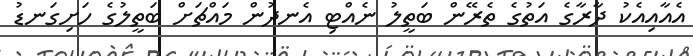
އެއާއިއެކު ދާރާގެ އަތުގެ ތެރޭން ބަތީލު ނެއްޓި އެނދުން މައްޗަށް ބަތީލުގެ ހަށިގަނޑު